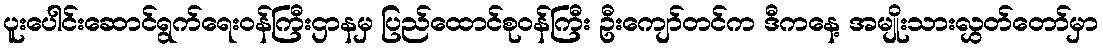
ပူးပေါင်းဆောင်ရွက်ရေးဝန်ကြီးဌာနမှ ပြည်ထောင်စုဝန်ကြီး ဦးကျော်တင်က ဒီကနေ့ အမျိုးသားလွှတ်တော်မှာ